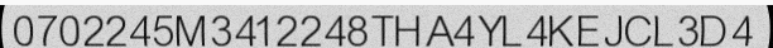
0702245M3412248THA4YL4KEJCL3D4